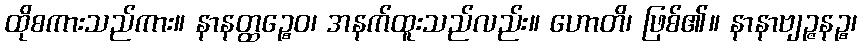
ထိုစကားသည်ကား။ နာနတ္ထဉ္စေဝ၊ အနက်ထူးသည်လည်း။ ဟောတိ၊ ဖြစ်၏။ နာနာဗျဉ္ဇနဉ္စ၊